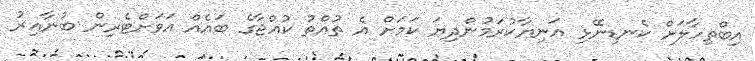
އިބްތިހާލަށް ކެނޑިނޭޅި އަނިޔާކުރަމުންދިޔަ ކަމަށް އެ ތުއްތު ކުއްޖާގެ ބައެއް އަވަށްޓެރިން ބުނާއިރު